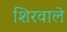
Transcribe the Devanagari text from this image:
शिरवाले